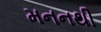
મનનથી